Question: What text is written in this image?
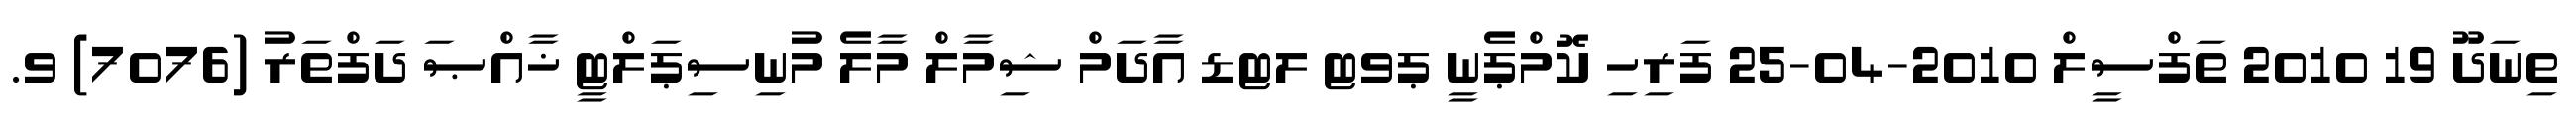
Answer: ތިނަދޫ 19 2010 ތަފްސީލް 2010-04-25 ފަރިހި ކޮމްޕެނީ ޕވޓ ލޓޑ އާދަމް ޝިމާލް މާލެ މުނިސިޕަލްޓީ ޚާއްޞަ ދަފްތަރު (7076) ވ.